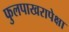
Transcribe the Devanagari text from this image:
फुलपाखरापेक्षा